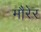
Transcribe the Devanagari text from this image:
मौरेर